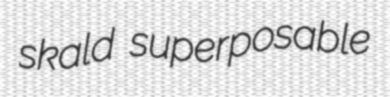
skald superposable